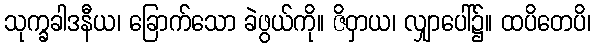
သုက္ခခါဒနီယ၊ ခြောက်သော ခဲဖွယ်ကို။ ဇိဝှာယ၊ လျှာပေါ်၌။ ထပိတေပိ၊